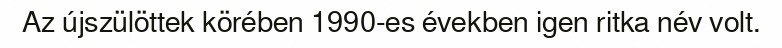
Az újszülöttek körében 1990-es években igen ritka név volt.